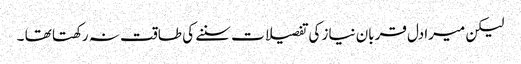
لیکن میرادل قربان نیاز کی تفصیلات سننے کی طاقت نہ رکھتا تھا ۔